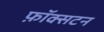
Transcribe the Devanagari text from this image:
फ़ॉक्सटन